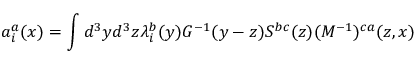
a _ { i } ^ { a } ( x ) = \int d ^ { 3 } y d ^ { 3 } z \lambda _ { i } ^ { b } ( y ) G ^ { - 1 } ( y - z ) S ^ { b c } ( z ) ( { \cal M } ^ { - 1 } ) ^ { c a } ( z , x )